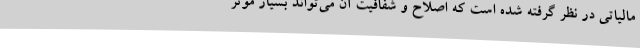
مالیاتی در نظر گرفته شده است که اصلاح و شفافیت آن می‌تواند بسیار موثر